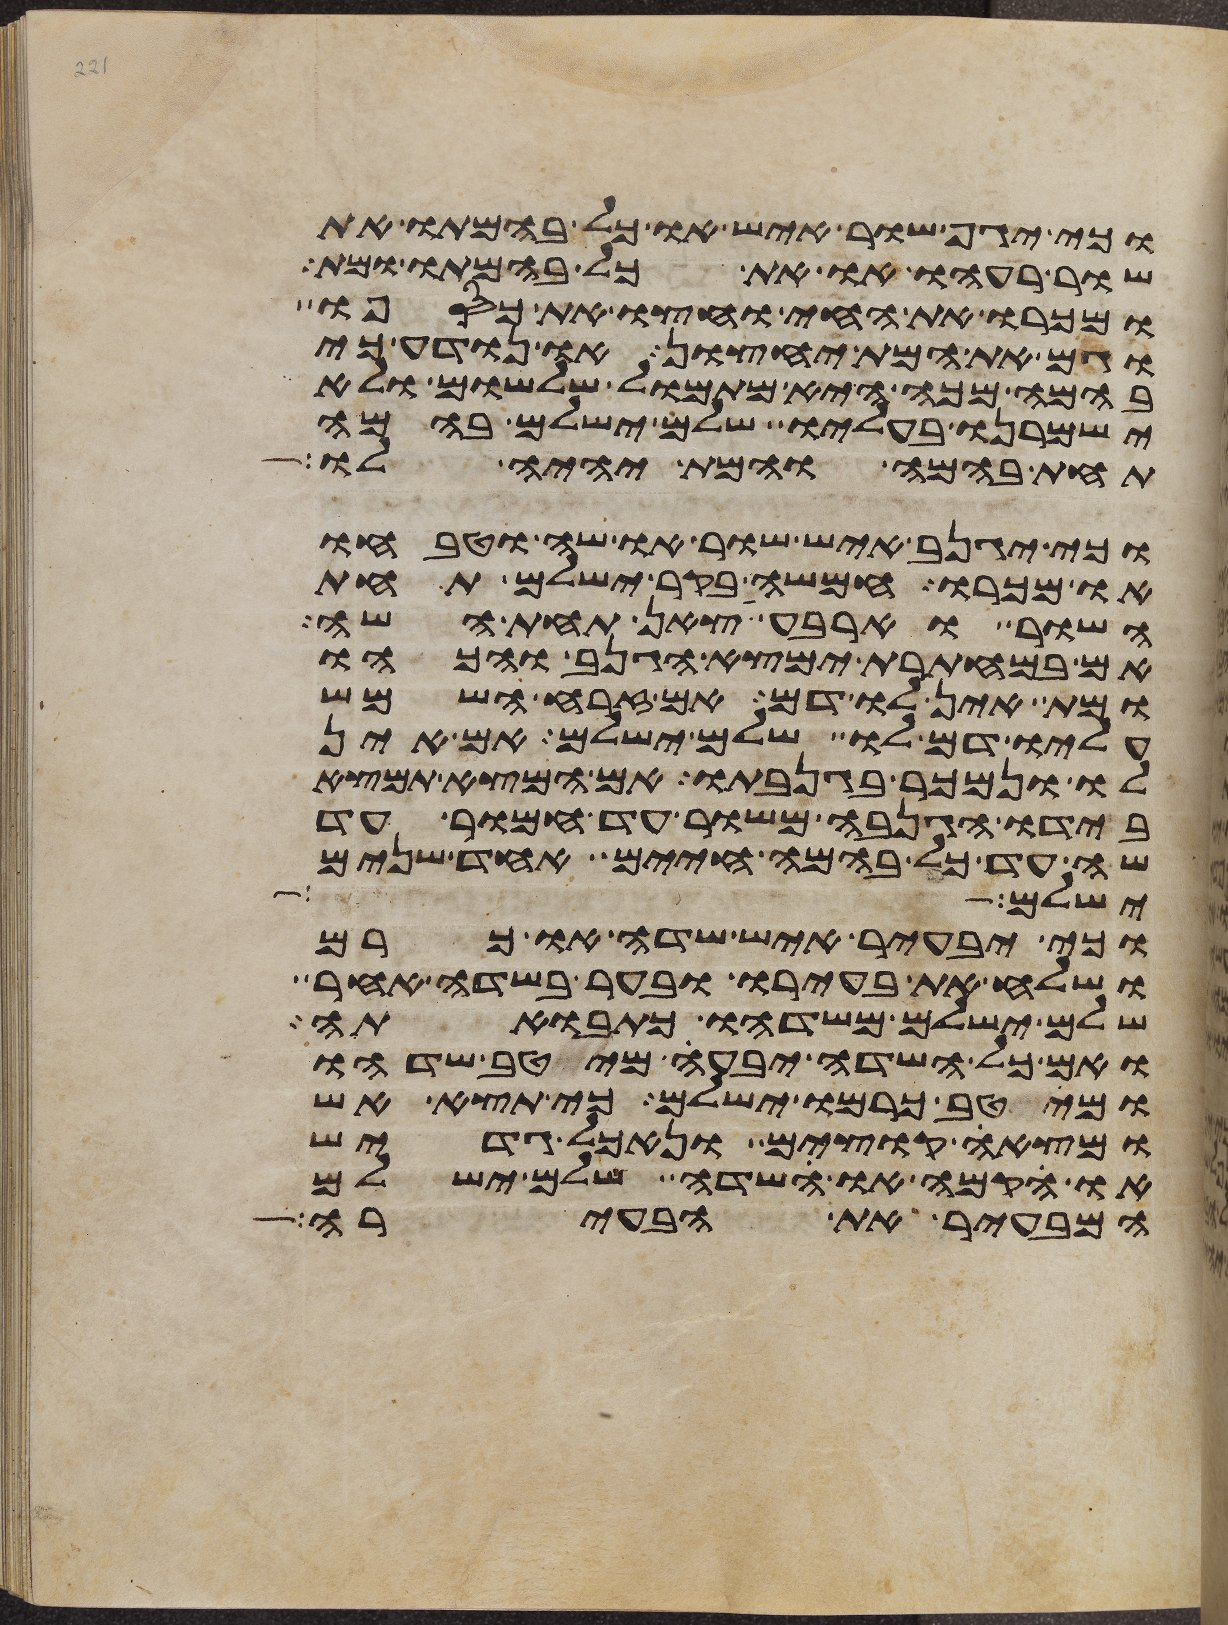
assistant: וכי יגף שור איש או כל בהמתו את
שור רעהו או את כל בהמתו ומת
ומכרו את החי וחצו את כספו
וגם את המת יחצון או נודע כי
בהמה מכה היא מתמול שלשום ולא
ישמרנו בעליו שלם ישלם בהמה
תחת בהמה והמת יהיה לו
וכי יגנב איש שור או שה וטבחו
או מכרו חמשה בקר ישלם תחת
השור וארבע צאן תחת השה
אם במחתרת ימצא הגנב והכהו
ומת אין לו דם אם זרחה השמש
עליו דם לו שלם ישלם אם אין
לו ונמכר בגנבתו אם המצא תמצא
בידו הגנבה משור עד חמור עד
שה עד כל בהמה חיים אחד שנים
ישלם אחד
וכי יבעיר איש שדה או כרם
ושלח את בעירו ובער בשדה אחר
שלם ישלם משדהו כתבואתה
ואם כל השדה יבעה מיטב שדהו
ומיטב כרמו ישלם כי תצא אש
ומצאה קוצים ונאכל גדיש
או הקמה או שדה שלם ישלם
המבעיר את הבעירה